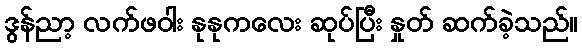
ဒွန်ညာ့ လက်ဖဝါး နုနုကလေး ဆုပ်ပြီး နှုတ် ဆက်ခဲ့သည်။